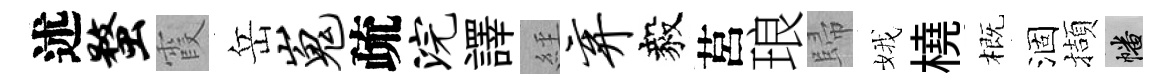
述蝥霞岳嵬疏浣譯𦀇弃毅莒琅歸娥橈概涸擷幡